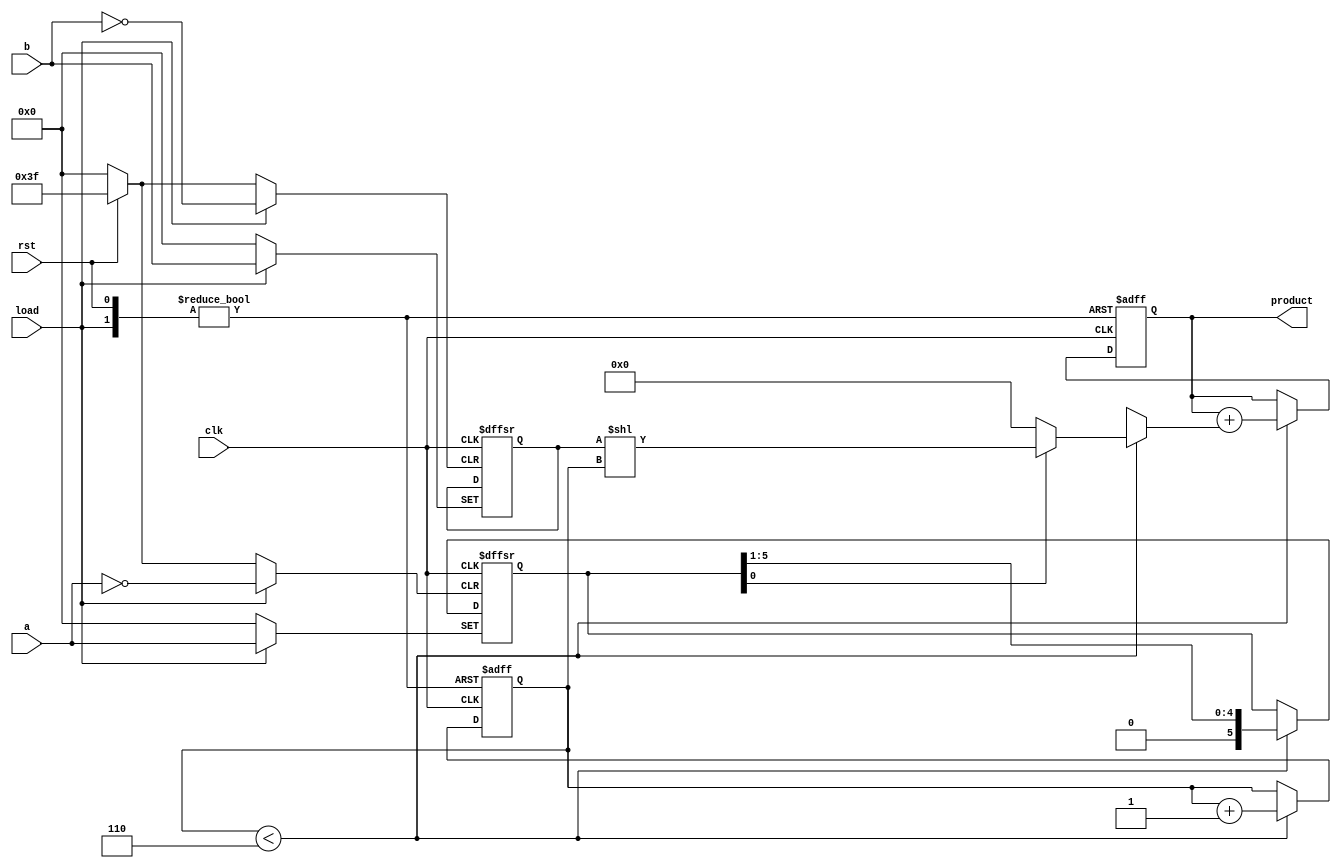
`timescale 1ns / 1ps
//////////////////////////////////////////////////////////////////////////////////
// Company: 
// Engineer: 
// 
// Design Name: 
// Module Name: unsigned_seq_mult_LS
// Project Name: 
// Target Devices: 
// Tool Versions: 
// Description: 
// 
// Dependencies: 
// 
// Revision:
// Revision 0.01 - File Created
// Additional Comments:
// 
//////////////////////////////////////////////////////////////////////////////////
// Assignment - 3
// Problem  - 2
// Semester Aut - 2020 
// Group - 53
// Name_1 : Hardik Aggarwal 
// Roll_1 : 18CS10021
// Name_2 : Sriyash Poddar
// Roll_2 : 18CS30040


module unsigned_seq_mult_LS(clk, rst, load, a, b, product);
input clk, rst, load;     // rst set everything to 0 and load is to load the current value of a and b
input [5:0] a, b;
output reg [12:0] product;    // stores the result

reg [5:0] A, B;    // registers to store the current values present in A and B
reg [2:0] ctr;     // ctr to keep track of the bit position we are in 
reg [12:0] temp;   // temp register to store the value of left shifted B 

always @(posedge clk, posedge rst, posedge load) begin   // on positive edge of clock , reset or load
    if(rst) begin        // if reset set everything to 0
        
        A <= 0;
        B <= 0;
        product <= 0;
        ctr <= 0;
     
     end
     
     else if(load) begin      // if load then load everything into A and B registers 
        
        A <= a;
        B <= b;
        ctr <= 0;
        product <= 0;
     
     end
     
     else if(ctr < 6) begin    // run this loop 6 times 
     
        if(A[0]) temp = B<<ctr;       // if current bit value is 1 then add B << 6
        else temp = 0;             // else add 0 
        product <= (product + temp);    //non blocking assignment to // P(i+1) = P(i) + X(i)*store_b*2^i 
        ctr <= ctr + 1 ;                  // increase the counter
        A <= A >> 1;                   // right shift A to bring the new bit at 0th location
        
     end
end

endmodule